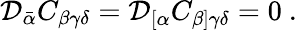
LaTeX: {\cal D}_{\bar{\alpha}}C_{\beta\gamma\delta}={\cal D}_{[\alpha}C_{\beta]\gamma\delta}=0\ .